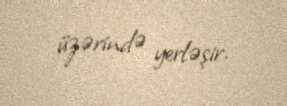
üzərində yerləşir.